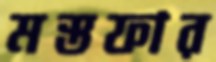
মস্তফার